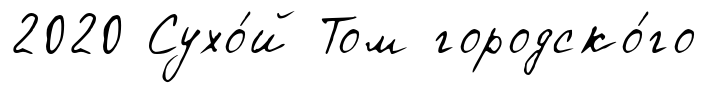
2020 Сухо́й Том городско́го